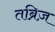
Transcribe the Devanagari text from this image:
तब्रिज़